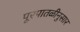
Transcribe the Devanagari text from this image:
पूरपातळीनुसार